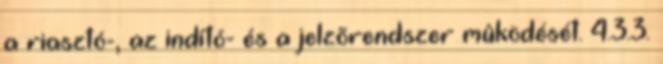
a riasztó-, az indító- és a jelzõrendszer mûködését. 4.3.3.